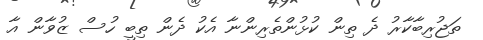
ތަޖުރިބާކާރު ދެ ތިން ކުޅުންތެރިންނާ އެކު ދެން ތިބީ ހުސް ޒުވާން އާ